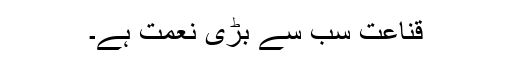
قناعت سب سے بڑی نعمت ہے۔